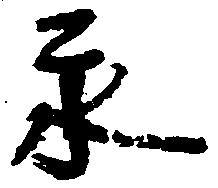
永